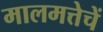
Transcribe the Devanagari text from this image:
मालमत्तेचें